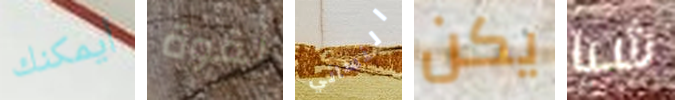
أيمكنك لقوة النسائي يكن شيا